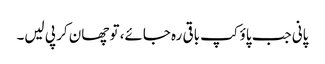
پانی جب پاؤکپ باقی رہ جائے، تو چھان کر پی لیں۔